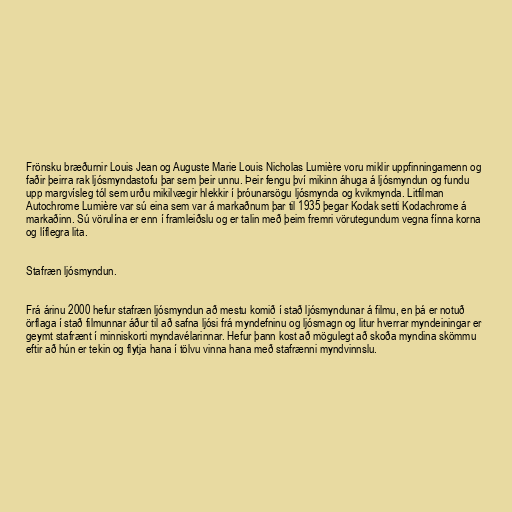
Frönsku bræðurnir Louis Jean og Auguste Marie Louis Nicholas Lumière voru miklir uppfinningamenn og
faðir þeirra rak ljósmyndastofu þar sem þeir unnu. Þeir fengu því mikinn áhuga á ljósmyndun og fundu
upp margvísleg tól sem urðu mikilvægir hlekkir í þróunarsögu ljósmynda og kvikmynda. Litfilman
Autochrome Lumière var sú eina sem var á markaðnum þar til 1935 þegar Kodak setti Kodachrome á
markaðinn. Sú vörulína er enn í framleiðslu og er talin með þeim fremri vörutegundum vegna fínna korna
og líflegra lita.

Stafræn ljósmyndun.

Frá árinu 2000 hefur stafræn ljósmyndun að mestu komið í stað ljósmyndunar á filmu, en þá er notuð
örflaga í stað filmunnar áður til að safna ljósi frá myndefninu og ljósmagn og litur hverrar myndeiningar er
geymt stafrænt í minniskorti myndavélarinnar. Hefur þann kost að mögulegt að skoða myndina skömmu
eftir að hún er tekin og flytja hana í tölvu vinna hana með stafrænni myndvinnslu.